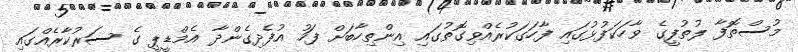
މުސްތޮފާ ލުތުފީގެ ވާހަކަފުޅުގައި ފާހަގަކުރެއްވިގޮތުގައި އިންތިހާބަށް ފަހު އުފެދިގެންދާ އެމްޑީޕީ ގެ ސަރުކާރެއްގައި